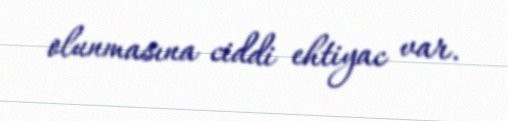
olunmasına ciddi ehtiyac var.